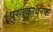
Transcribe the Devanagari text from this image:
पुस्तकावरक